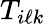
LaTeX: T_{i\ell k}